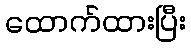
ထောက်ထားပြီး